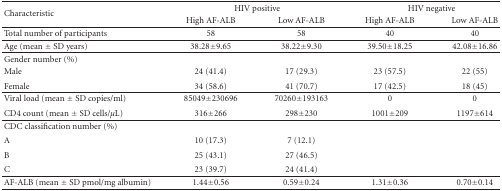
<table><thead><tr><td rowspan="2"><b>Characteristic</b></td><td colspan="2"><b>HIV positive</b></td><td colspan="2"><b>HIV negative</b></td></tr><tr><td><b>High AF-ALB</b></td><td><b>Low AF-ALB</b></td><td><b>High AF-ALB</b></td><td><b>Low AF-ALB</b></td></tr></thead><tbody><tr><td>Total number of participants</td><td>58</td><td>58</td><td>40</td><td>40</td></tr><tr><td>Age (mean ± SD years)</td><td>38.28 ± 9.65</td><td>38.22 ± 9.30</td><td>39.50 ± 18.25</td><td>42.08 ± 16.86</td></tr><tr><td>Gender number (%)</td><td>[EMPTY_CELL]</td><td>[EMPTY_CELL]</td><td>[EMPTY_CELL]</td><td>[EMPTY_CELL]</td></tr><tr><td>Male</td><td>24 (41.4)</td><td>17 (29.3)</td><td>23 (57.5)</td><td>22 (55)</td></tr><tr><td>Female</td><td>34 (58.6)</td><td>41 (70.7)</td><td>17 (42.5)</td><td>18 (45)</td></tr><tr><td>Viral load (mean ± SD copies/ml)</td><td>85049 ± 230696</td><td>70260 ± 193163</td><td>0</td><td>0</td></tr><tr><td>CD4 count (mean ± SD cells/<i>μ</i>L)</td><td>316 ± 266</td><td>298 ± 230</td><td>1001 ± 209</td><td>1197 ± 614</td></tr><tr><td>CDC classification number (%)</td><td>[EMPTY_CELL]</td><td>[EMPTY_CELL]</td><td>[EMPTY_CELL]</td><td>[EMPTY_CELL]</td></tr><tr><td>A</td><td>10 (17.3)</td><td>7 (12.1)</td><td>[EMPTY_CELL]</td><td>[EMPTY_CELL]</td></tr><tr><td>B</td><td>25 (43.1)</td><td>27 (46.5)</td><td>[EMPTY_CELL]</td><td>[EMPTY_CELL]</td></tr><tr><td>C</td><td>23 (39.7)</td><td>24 (41.4)</td><td>[EMPTY_CELL]</td><td>[EMPTY_CELL]</td></tr><tr><td>AF-ALB (mean ± SD pmol/mg albumin)</td><td>1.44 ± 0.56</td><td>0.59 ± 0.24</td><td>1.31 ± 0.36</td><td>0.70 ± 0.14</td></tr></tbody></table>